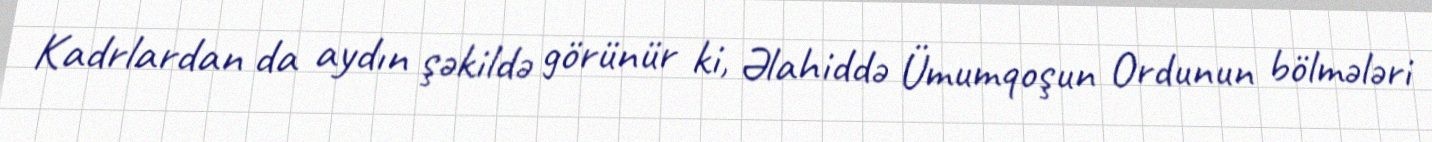
Kadrlardan da aydın şəkildə görünür ki, Əlahiddə Ümumqoşun Ordunun bölmələri